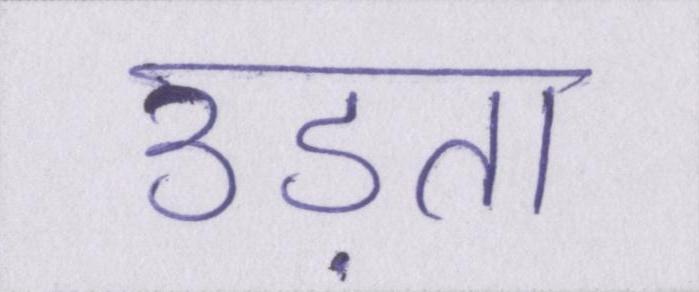
उड़ता